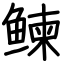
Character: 𬶠